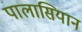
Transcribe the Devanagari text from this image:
पालासियान